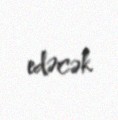
edəcək.